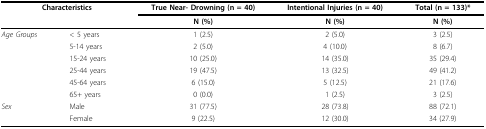
<table><thead><tr><td colspan="2"><b>Characteristics</b></td><td><b>True Near- Drowning (n = 40)</b></td><td><b>Intentional Injuries (n = 40)</b></td><td><b>Total (n = 133)*</b></td></tr><tr><td></td><td></td><td><b>N (%)</b></td><td><b>N (%)</b></td><td><b>N (%)</b></td></tr></thead><tbody><tr><td><i>Age Groups</i></td><td>&lt; 5 years</td><td>1 (2.5)</td><td>2 (5.0)</td><td>3 (2.5)</td></tr><tr><td></td><td>5-14 years</td><td>2 (5.0)</td><td>4 (10.0)</td><td>8 (6.7)</td></tr><tr><td></td><td>15-24 years</td><td>10 (25.0)</td><td>14 (35.0)</td><td>35 (29.4)</td></tr><tr><td></td><td>25-44 years</td><td>19 (47.5)</td><td>13 (32.5)</td><td>49 (41.2)</td></tr><tr><td></td><td>45-64 years</td><td>6 (15.0)</td><td>5 (12.5)</td><td>21 (17.6)</td></tr><tr><td></td><td>65+ years</td><td>0 (0.0)</td><td>1 (2.5)</td><td>3 (2.5)</td></tr><tr><td><i>Sex</i></td><td>Male</td><td>31 (77.5)</td><td>28 (73.8)</td><td>88 (72.1)</td></tr><tr><td></td><td>Female</td><td>9 (22.5)</td><td>12 (30.0)</td><td>34 (27.9)</td></tr></tbody></table>